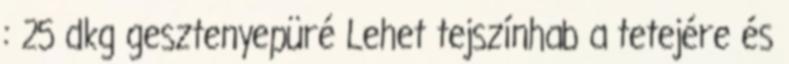
: 25 dkg gesztenyepüré Lehet tejszínhab a tetejére és